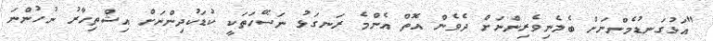
"އަޅުގަނޑުމެންނަށް ބެލެނިވެރިންނަށް ދެވެން އޮތް އެންމެ ރަނގަޅު ނަސޭހަތަކީ ކުޑަކުދިންނަށް އިޝްތިހާރު ނުހުންނަ